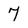
Character: 7